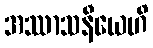
အဿာသနီယေဟိ